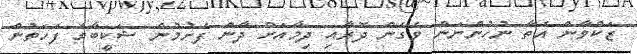
ޒަކްވާން އެތާ ނުހުންނަން ވެގެން ދޮރާއި ދިމާއަށް ދާން ފެށުމުން ޝަކީބާގެ ފަހަތުން